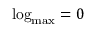
\mathrm { l o g } _ { \mathrm { m a x } } = 0